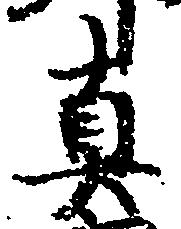
真